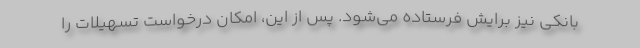
بانکی نیز برایش فرستاده می‌شود. پس از این، امکان درخواست تسهیلات را